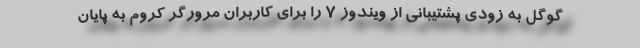
گوگل به زودی پشتیبانی از ویندوز ۷ را برای کاربران مرورگر کروم به پایان